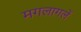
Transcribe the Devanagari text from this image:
मगलागलें